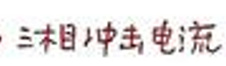
三相冲击电流